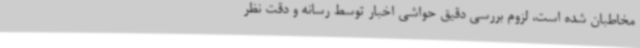
مخاطبان شده است، لزوم بررسی دقیق حواشی اخبار توسط رسانه و دقت نظر